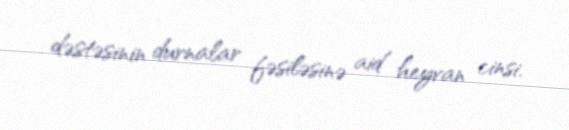
dəstəsinin durnalar fəsiləsinə aid heyvan cinsi.